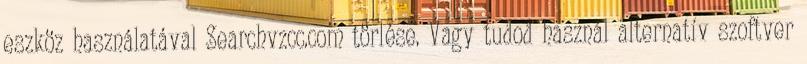
eszköz használatával Searchvzcc.com törlése. Vagy tudod használ alternatív szoftver